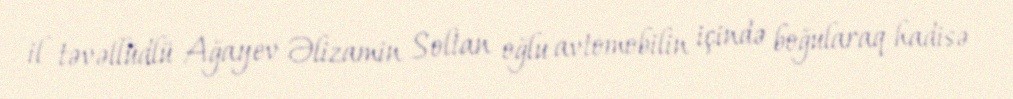
il təvəllüdlü Ağayev Əlizamin Soltan oğlu avtomobilin içində boğularaq hadisə